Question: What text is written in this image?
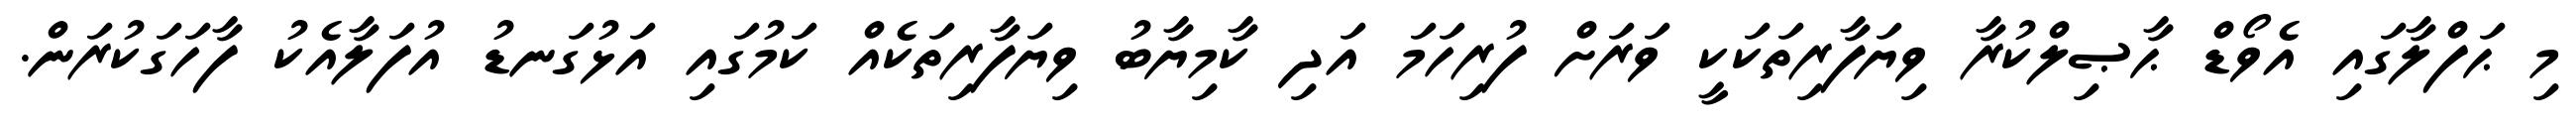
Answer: މި ޙަފްލާގައި އެވޯޑް ޙާޞިލްކުރާ ވިޔަފާރިތަކަކީ ވަރަށް ފުރިހަމަ އަދި ކާމިޔާބު ވިޔަފާރިތަކެއް ކަމުގައި އަޅުގަނޑު އުފަލާއެކު ފާހަގަކުރަން.